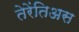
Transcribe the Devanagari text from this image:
तेरेंतिअस